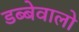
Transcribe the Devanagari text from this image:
डब्बेवालो